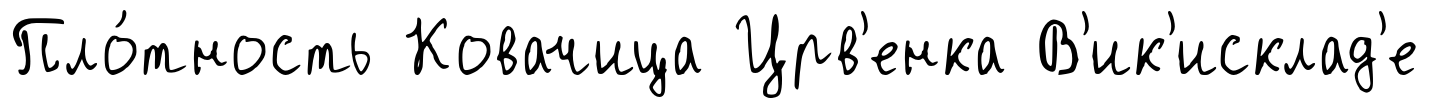
Пло́тность Ковачица Црв'енка В'ик'исклад'е